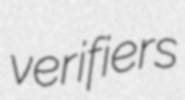
verifiers